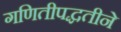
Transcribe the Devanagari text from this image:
गणितीपद्धतीने